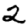
Digit: 2